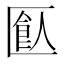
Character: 𠥗